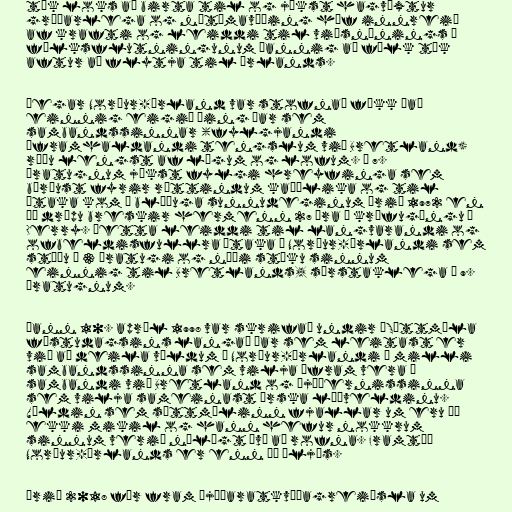
tók loks að birta til og jókst hagvöxtur
gríðarlega og nútímavæðing hóf innreið
af krafti og leiddi til viðsnúnings á
fólksflutningunum þannig að fólk tók
aftur að flytja til Írlands.

Þegar Norður-Írland var stofnað fékk það
einnig eigið þing þar sem
sambandssinnar (fylgjandi
áframhaldandi tengslum við Bretland)
réðu lengst af lögum og lofum. Á 7.
áratugnum jókst fylgi hreyfinga sem
börðust fyrir réttindum kaþólika og til
átaka kom á blóðuga sunnudeginum árið 1972 en
þá drápu breskir hermenn 27 Íra í kröfugöngu í
Derry. Þetta leiddi til langvarandi og
ofbeldisfullra átaka í Norður-Írlandi sem
stóðu í 3 áratugi og náði stöku sinnum
einnig til Bretlands, sérstaklega á 9.
áratugnum.

Þann 10. apríl 1998 var skrifað undir „Sáttmála
föstudagsins langa“ þar sem leitast er
við að deila völdum á Norður-Írlandi á milli
sambandssinna sem vilja áfram vera í
sambandi við Bretland og þjóðernissinna
sem vilja sameinast Írska lýðveldinu.
Völdin sem sáttmálinn fjallar um eru þó
ekki mikil og hann hefur nokkrum
sinnum verið nálægt því að rofna. Framtíð
Norður-Írlands er enn þá óljós.

Árið 2018 fór fram þjóðaratkvæðagreiðsla um